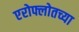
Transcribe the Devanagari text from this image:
एरोफ्लोतच्या